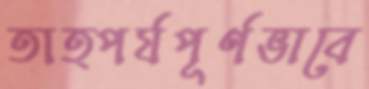
তাত্পর্যপূর্ণভাবে